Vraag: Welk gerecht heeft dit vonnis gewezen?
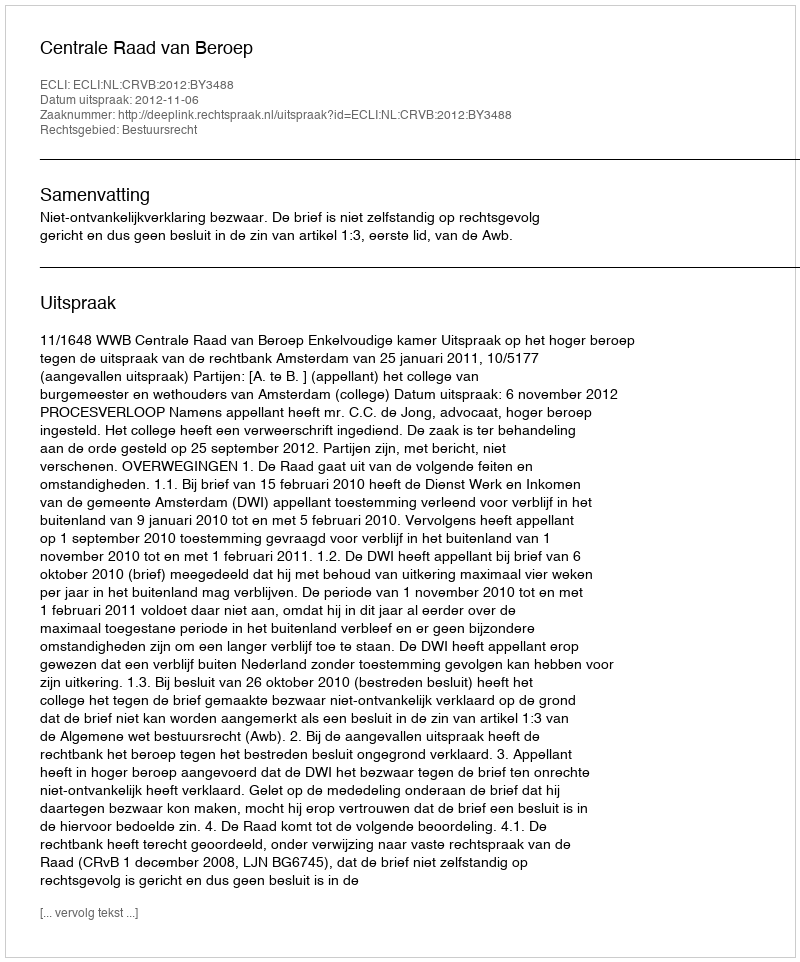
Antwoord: Centrale Raad van Beroep